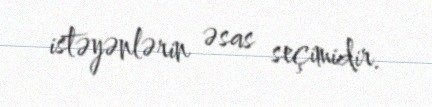
istəyənlərin əsas seçimidir.